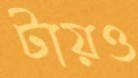
টায়ও